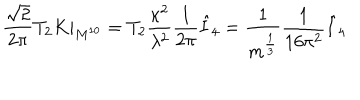
\frac { \sqrt { 2 } } { 2 \pi } T _ { 2 } K | _ { M ^ { 1 0 } } = T _ { 2 } \frac { \kappa ^ { 2 } } { \lambda ^ { 2 } } \frac { 1 } { 2 \pi } \hat { I } _ { 4 } = \frac { 1 } { m ^ { \frac { 1 } { 3 } } } \frac { 1 } { 1 6 \pi ^ { 2 } } \hat { I } _ { 4 }